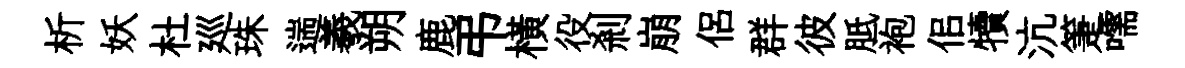
析妖杜廵珠遄羲朔鹿弔横役剎崩侶群彼胝袍佀犢沆箑嚅